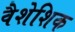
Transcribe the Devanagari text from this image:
वैशेशिक